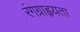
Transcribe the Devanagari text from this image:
रंगग्राह्वयता